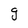
Character: g